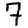
Digit: 7